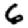
Digit: 6